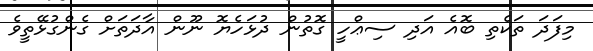
މިފަދަ ތަކެތި ބޮއެ އަދި ސިޢްހީ ގޮތުން ދުޅަހެޔޮ ނޫން އާދަތަށް ގެންގުޅޭތީވެ